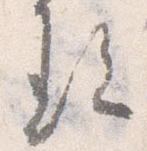
る